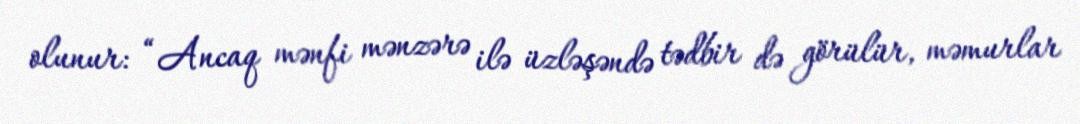
olunur: “Ancaq mənfi mənzərə ilə üzləşəndə tədbir də görülür, məmurlar